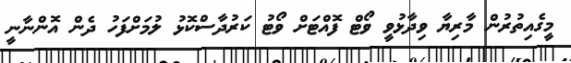
މީގެއިތުރުން މާރިޔާ ވިދާޅުވީ ވޯޓް ފޮއްޓަށް ވޯޓު ކަރުދާސްކޮޅު ލުމަށްފަހު ދެން އޮންނާނީ